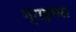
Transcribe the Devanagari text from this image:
ग्राइमस